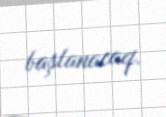
başlanacaq.